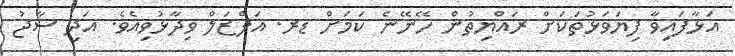
އަޅާފައިވާ ފިޔަވަޅުތަކަށް ރައްޔިތުން ހޭނޭނެ ކަމަށް ޑރ. އަފްޒަލް ވިދާޅުވިއެވެ. އަދި ސާޖު